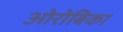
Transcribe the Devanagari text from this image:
ओरोबिका